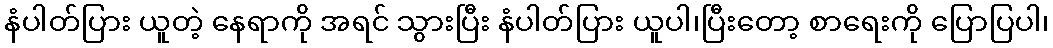
နံပါတ်ပြား ယူတဲ့ နေရာကို အရင် သွားပြီး နံပါတ်ပြား ယူပါ၊ပြီးတော့ စာရေးကို ပြောပြပါ၊